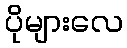
ပိုများလေ